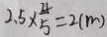
2 . 5 \times \frac { 4 } { 5 } = 2 ( m )